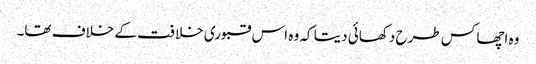
وہ اچھا کس طرح دکھائی دیتا کہ وہ اس قبوری خلافت کے خلاف تھا۔